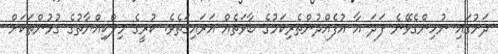
ދަށުގައި ނުހިންގެވޭނެ ފަދަ އާ އުފެއްދުންތެރިކަމުގެ ބާވަތެއް އަރައިގަތެވެ. ކުރީގެ މިލްކިއްޔާތުގެ ގުޅުންތަކަށް